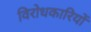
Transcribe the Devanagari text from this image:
विरोधकारियों